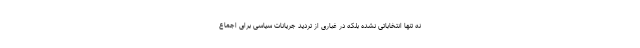
نه تنها انتخاباتی نشده بلکه در غباری از تردید جریانات سیاسی برای اجماع